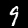
Label: 9